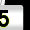
Digit: 5